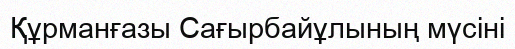
Құрманғазы Сағырбайұлының мүсіні